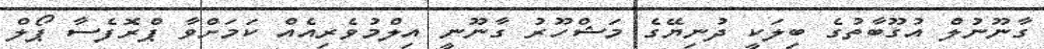
ގާނޫނުލް އުގޫބާތުގެ ބިލަކީ ދުނިޔޭގެ މަޝްހޫރު ގާނޫނީ އިލްމުވެރިއެއް ކަމަށްވާ ޕްރޮފެސާ ޕޯލް